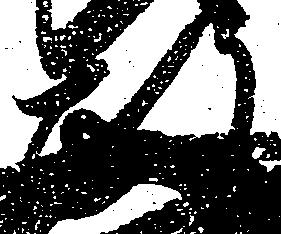
政